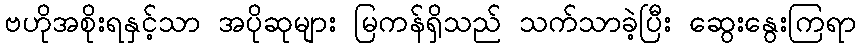
ဗဟိုအစိုးရနှင့်သာ အပိုဆုများ မြကန်ရှိသည် သက်သာခဲ့ပြီး ဆွေးနွေးကြရာ